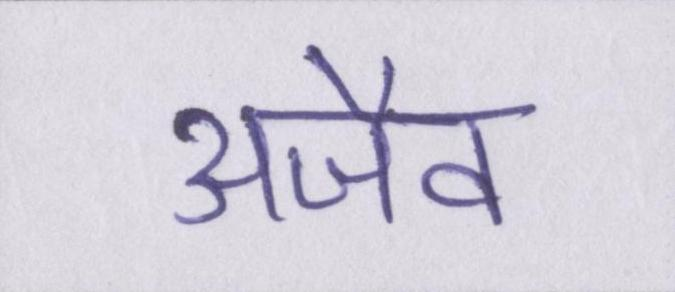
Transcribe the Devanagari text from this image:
अजैव